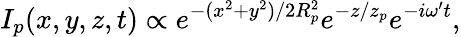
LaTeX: I_{p}(x,y,z,t)\propto e^{-(x^{2}+y^{2})/{2R_{p}^{2}}}e^{-z/z_{p}}e^{-i\omega^{\prime}t},